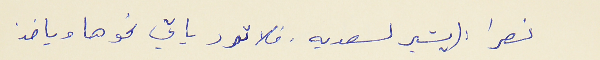
نصرا : (يشير لسعديه. فلا ترد ياتي نحوها وياخذ